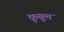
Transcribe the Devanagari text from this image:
कूबुल